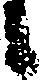
日